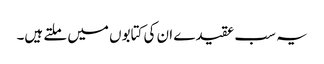
یہ سب عقیدے ان کی کتابوں میں ملتے ہیں۔